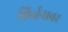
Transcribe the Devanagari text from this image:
किर्तनावर